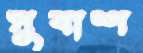
সুবাশ